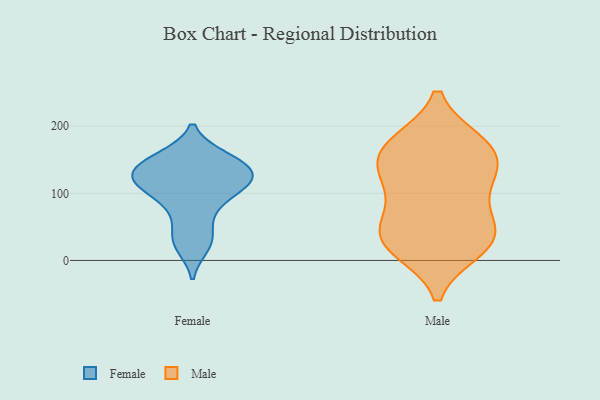
{"axis": {"x": "Production Output", "y": "Value"}, "legend": ["Female", "Male"], "data": [{"x": "", "y": 134, "type": "Female"}, {"x": "", "y": 107, "type": "Female"}, {"x": "", "y": 86, "type": "Female"}, {"x": "", "y": 153, "type": "Female"}, {"x": "", "y": 118, "type": "Female"}, {"x": "", "y": 150, "type": "Female"}, {"x": "", "y": 117, "type": "Female"}, {"x": "", "y": 21, "type": "Female"}, {"x": "", "y": 154, "type": "Female"}, {"x": "", "y": 133, "type": "Female"}, {"x": "", "y": 43, "type": "Female"}, {"x": "", "y": 116, "type": "Female"}, {"x": "", "y": 136, "type": "Female"}, {"x": "", "y": 116, "type": "Female"}, {"x": "", "y": 76, "type": "Female"}, {"x": "", "y": 27, "type": "Female"}, {"x": "", "y": 156, "type": "Male"}, {"x": "", "y": 124, "type": "Male"}, {"x": "", "y": 30, "type": "Male"}, {"x": "", "y": 32, "type": "Male"}, {"x": "", "y": 174, "type": "Male"}, {"x": "", "y": 172, "type": "Male"}, {"x": "", "y": 17, "type": "Male"}, {"x": "", "y": 126, "type": "Male"}, {"x": "", "y": 175, "type": "Male"}, {"x": "", "y": 90, "type": "Male"}, {"x": "", "y": 47, "type": "Male"}, {"x": "", "y": 22, "type": "Male"}, {"x": "", "y": 135, "type": "Male"}, {"x": "", "y": 60, "type": "Male"}]}